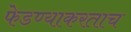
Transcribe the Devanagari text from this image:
फेडण्याकरताच